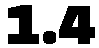
1.4